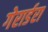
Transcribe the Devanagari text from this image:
गेरार्डरा